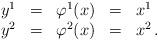
LaTeX: \begin{align*}\begin{array}{ccccl}y^{1} & = & \varphi^{1}(x) & = & x^{1}\\y^{2} & = & \varphi^{2}(x) & = & x^{2}\,.\end{array}\end{align*}